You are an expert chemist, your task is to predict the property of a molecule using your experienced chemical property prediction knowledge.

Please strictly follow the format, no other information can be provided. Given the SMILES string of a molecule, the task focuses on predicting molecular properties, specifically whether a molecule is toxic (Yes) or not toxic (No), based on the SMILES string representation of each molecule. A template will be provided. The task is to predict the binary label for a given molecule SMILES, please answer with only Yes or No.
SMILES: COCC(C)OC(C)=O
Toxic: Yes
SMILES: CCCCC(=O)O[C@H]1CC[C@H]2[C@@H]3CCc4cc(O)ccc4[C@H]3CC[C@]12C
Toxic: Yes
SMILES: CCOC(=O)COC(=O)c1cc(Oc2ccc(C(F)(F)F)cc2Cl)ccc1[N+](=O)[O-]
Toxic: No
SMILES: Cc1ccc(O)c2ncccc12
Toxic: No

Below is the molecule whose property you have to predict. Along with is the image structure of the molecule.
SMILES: CC[C@]1(O)C[C@H]2CN(CCc3c([nH]c4ccccc34)[C@@](C(=O)OC)(c3cc4c(cc3OC)N(C)[C@H]3[C@@](O)(C(N)=O)[C@H](O)[C@]5(CC)C=CCN6CC[C@]43[C@@H]65)C2)C1
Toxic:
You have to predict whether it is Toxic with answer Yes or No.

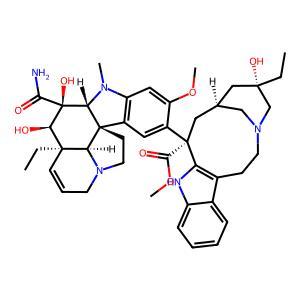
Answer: No